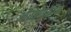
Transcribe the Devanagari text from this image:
औरऔद्योगिक